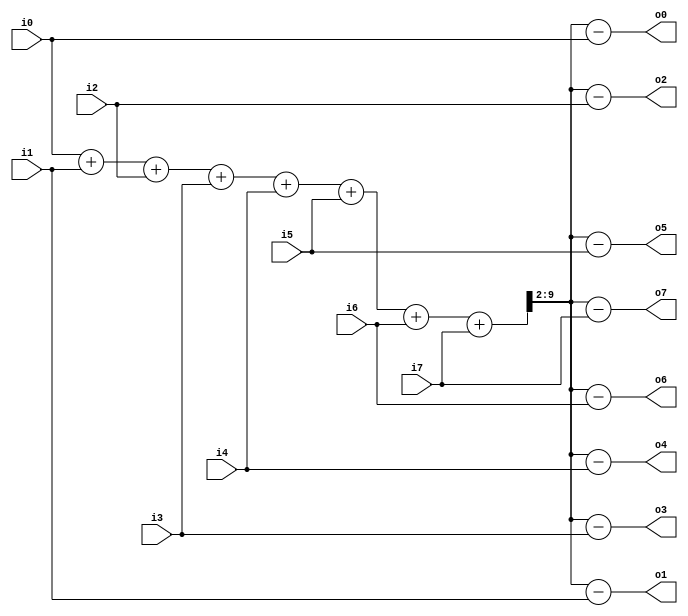
`timescale 1ns / 1ps
//////////////////////////////////////////////////////////////////////////////////
// Company: 
// Engineer: 
// 
// Design Name: 
// Module Name:    invert_mean 
// Project Name: 
// Target Devices: 
// Tool versions: 
// Description: 
//
// Dependencies: 
//
// Revision: 
// Revision 0.01 - File Created
// Additional Comments: 
//
//////////////////////////////////////////////////////////////////////////////////
module invert_mean (i0, i1, i2, i3, i4, i5, i6, i7, o0, o1, o2, o3, o4, o5, o6, o7
    );
	 parameter num_bit = 3;parameter fixedpoint_bit = 8;parameter num_sample = 2**num_bit;
	 input signed [7:0] i1,i2,i3,i4,i5,i6,i7,i0;
	 output reg signed [7:0] o1,o2,o3,o4,o5,o6,o7,o0;
	 integer j;
	 reg signed [10:0] sum;		
    wire signed [8:0] twoMean;
	 
	 always @*
     begin
		j=0;
		sum = i0;
		j = j+1;
		sum = sum + i1;
		j = j+1;
		sum = sum + i2;
		j = j+1;
		sum = sum + i3;
		j = j+1;
		sum = sum + i4;
		j = j+1;
		sum = sum + i5;
		j = j+1;
		sum = sum + i6;
		j = j+1;
		sum = sum + i7;
    end

    assign twoMean = sum[10:2];	
    reg signed [8:0] temp;

    always @*
    begin
	    temp = twoMean - i0;
	    o0 = temp[7:0];	
	    temp = twoMean - i1;
	    o1 = temp[7:0];	
	    temp = twoMean - i2;
	    o2 = temp[7:0];	
	    temp = twoMean - i3;
	    o3 = temp[7:0];	
	    temp = twoMean - i4;
	    o4 = temp[7:0];	
	    temp = twoMean - i5;
	    o5 = temp[7:0];	
	    temp = twoMean - i6;
	    o6 = temp[7:0];	
	    temp = twoMean - i7;
	    o7 = temp[7:0];	   
    end

endmodule